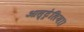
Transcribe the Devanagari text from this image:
आस्ट्रेलिया।